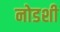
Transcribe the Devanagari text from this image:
नोडशी